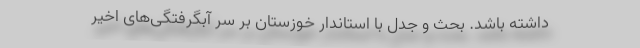
داشته باشد. بحث و جدل با استاندار خوزستان بر سر آبگرفتگی‌های اخیر